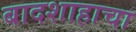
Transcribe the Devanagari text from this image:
बादशाहाचा